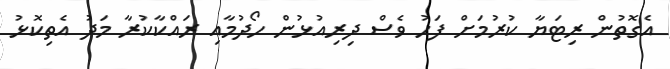
އެގޮތުން ރިޓަޔާ ކުރުމަށް ފަހު ވެސް ދިރިއުޅުން ހޯދުމާއި ރައްކާކުރާ މަދު އެތިކޮޅު